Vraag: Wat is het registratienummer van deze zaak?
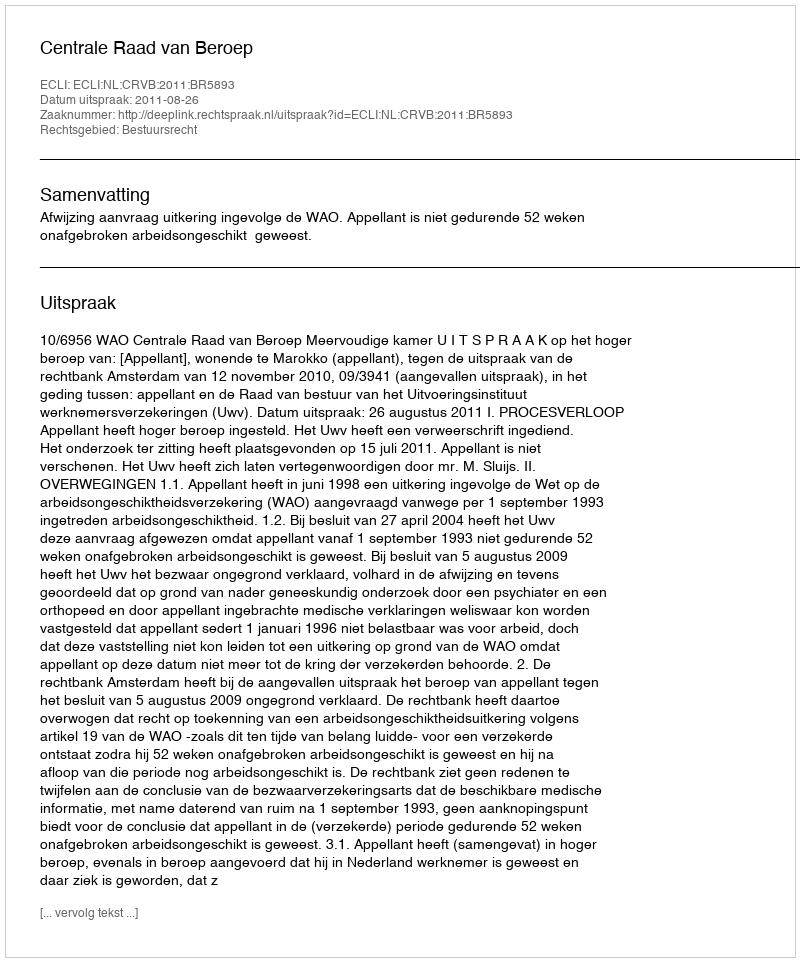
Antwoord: http://deeplink.rechtspraak.nl/uitspraak?id=ECLI:NL:CRVB:2011:BR5893